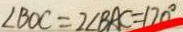
\angle B O C = 2 \angle B A C = 1 2 0 ^ { \circ }